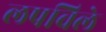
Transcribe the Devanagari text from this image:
लपविले